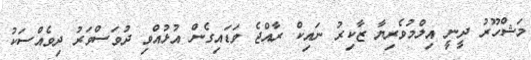
މަޝްހޫރު ދީނީ އިލްމުވެރިޔާ ޒާކިރު ނައިކް ރާއްޖެ ވަޑައިގެން އުޅުއްވި ދުވަސްވަރު ދިވެއްސަކު